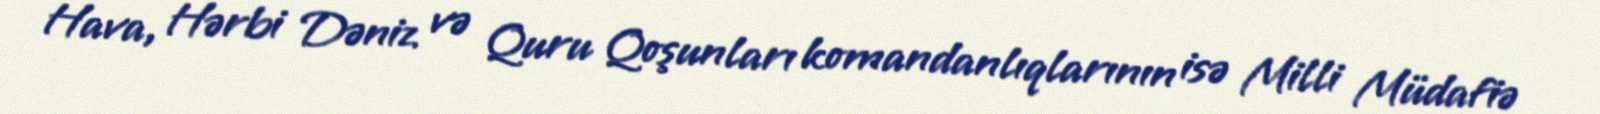
Hava, Hərbi Dəniz və Quru Qoşunları komandanlıqlarının isə Milli Müdafiə